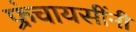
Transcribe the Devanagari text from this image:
फ्रंचायसींनी